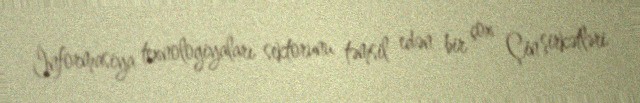
İnformasiya texnologiyaları sektorunu təmsil edən bir çox Çin şirkətləri